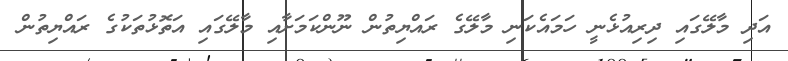
އަދި މާލޭގައި ދިރިއުޅެނީ ހަމައެކަނި މާލޭގެ ރައްޔިތުން ނޫންކަމަށާއި މާލޭގައި އަތޮޅުތަކުގެ ރައްޔިތުން